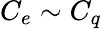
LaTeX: C_{e}\sim C_{q}